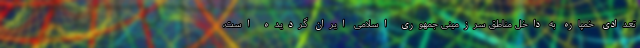
تعدادی خمپاره به داخل مناطق سرزمینی جمهوری اسلامی ایران گردیده است،